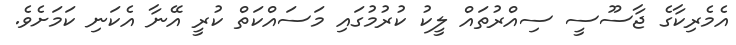
އެމެރިކާގެ ޖާސޫސީ ސިއްރުތައް ލީކު ކުރުމުގައި މަސައްކަތް ކުރީ އޭނާ އެކަނި ކަމަށެވެ.